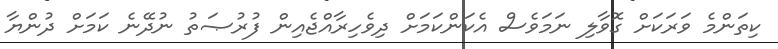
ކިތަންމެ ވަރަކަށް ގޮވާލި ނަމަވެސް އެކަންކަމަށް ދިވެހިރާއްޖެއިން ފުރުޞަތު ނުދޭނެ ކަމަށް ދުންޔާ